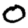
Digit: 0